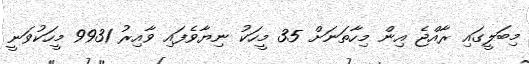
މިބަލީގައި ރާއްޖެ އިން މިހާތަނަށް 35 މީހަކު ނިޔާވެފައި ވާއިރު 9931 މީހަކުވަނީ